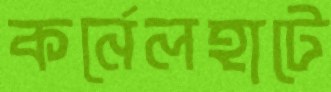
কর্নেলহাটে